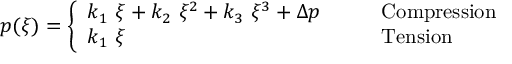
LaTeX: p ( \xi ) = { \left\{ \begin{array} { l l } { k _ { 1 } ~ \xi + k _ { 2 } ~ \xi ^ { 2 } + k _ { 3 } ~ \xi ^ { 3 } + \Delta p } & { \qquad { \mathrm { C o m p r e s s i o n } } } \\ { k _ { 1 } ~ \xi } & { \qquad { \mathrm { T e n s i o n } } } \end{array} \right. }